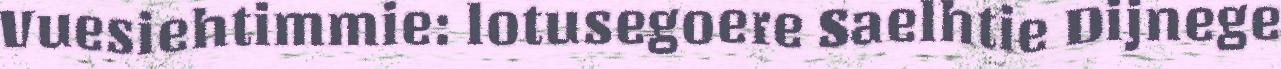
Vuesiehtimmie: lotusegoere Saelhtie Dijnege